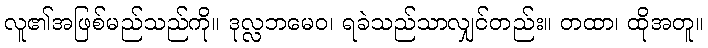
လူ၏အဖြစ်မည်သည်ကို။ ဒုလ္လဘမေဝ၊ ရခဲသည်သာလျှင်တည်း။ တထာ၊ ထိုအတူ။